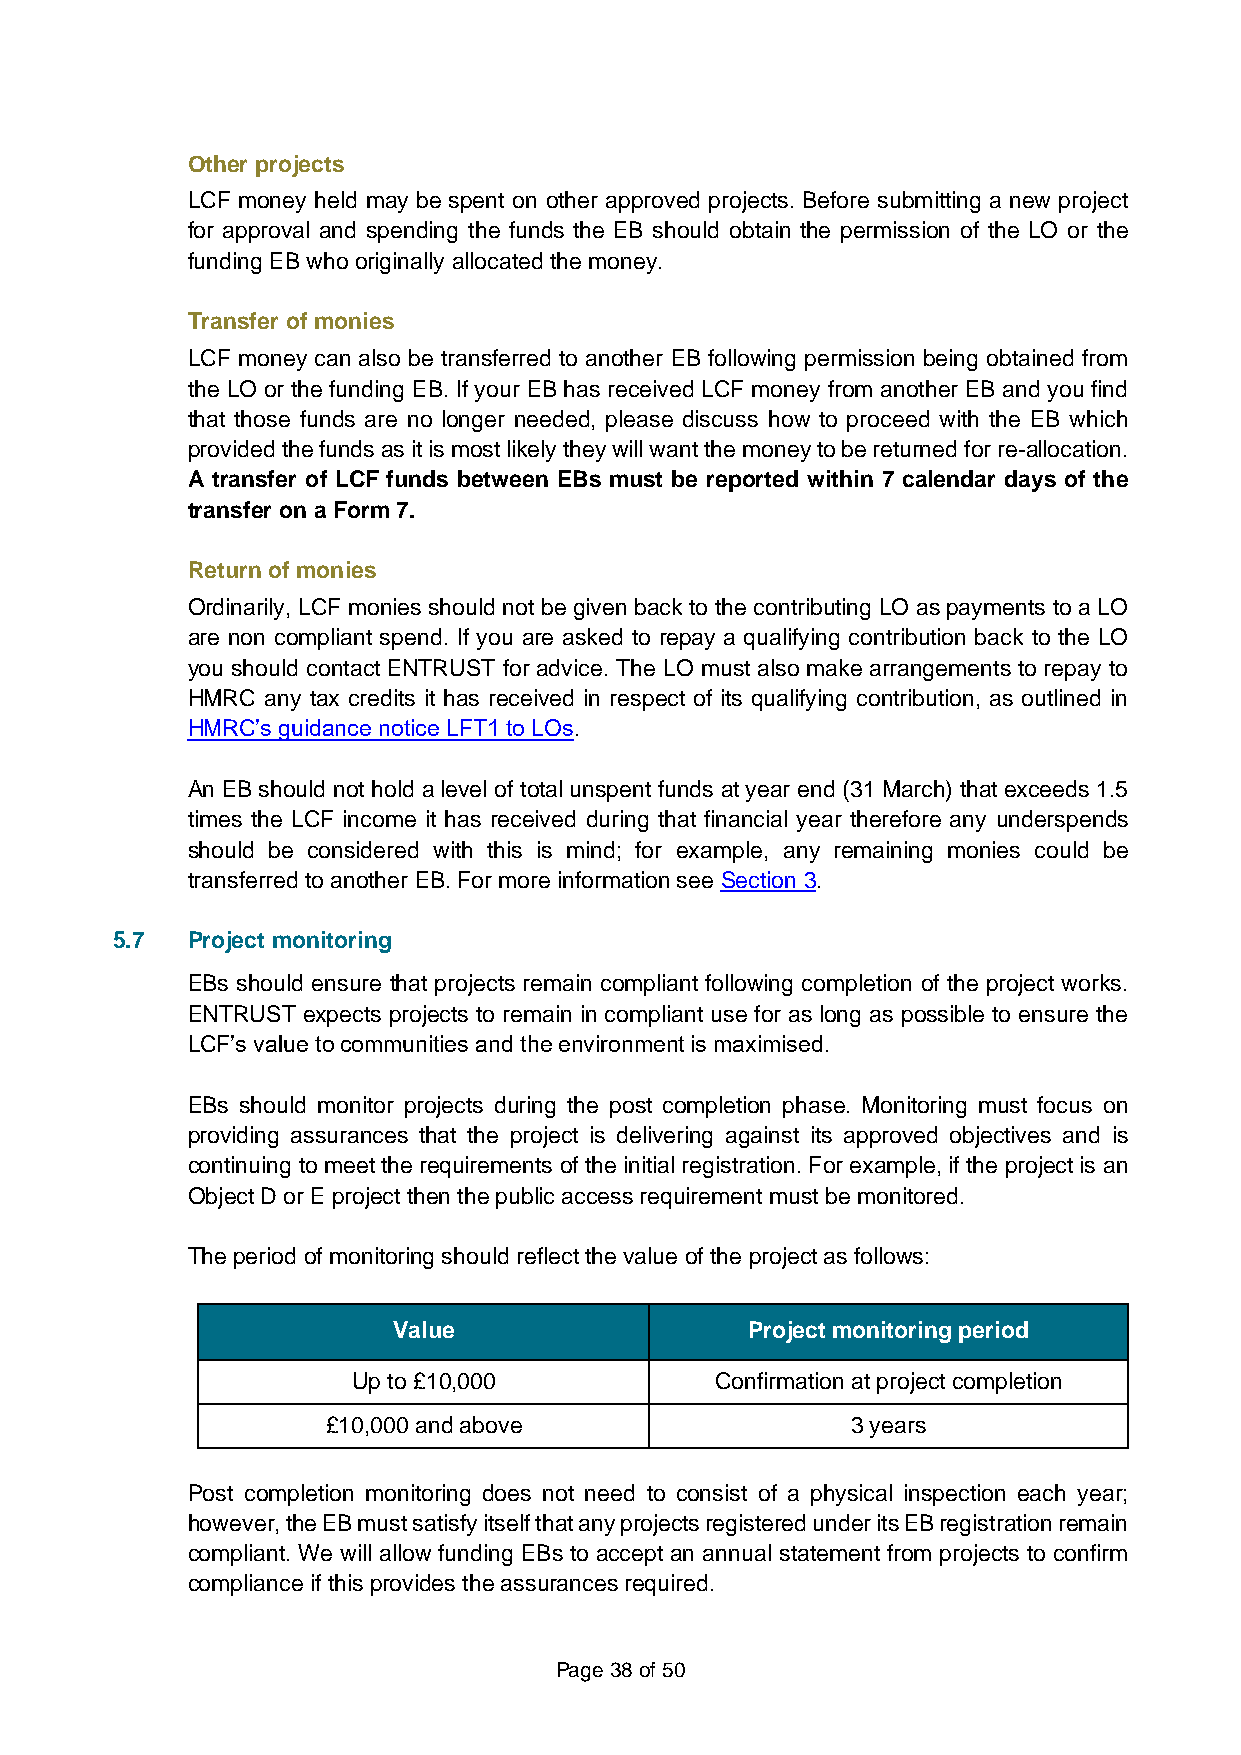
Other projects
 LCF money held may be spent on other approved projects. Before submitting a new project
 for approval and spending the funds the EB should obtain the permission of the LO or the
 funding EB who originally allocated the money.
 Transfer of monies
 LCF money can also be transferred to another EB following permission being obtained from
 the LO or the funding EB. If your EB has received LCF money from another EB and you find
 that those funds are no longer needed, please discuss how to proceed with the EB which
 provided the funds as it is most likely they will want the money to be returned for re-allocation.
 A transfer of LCF funds between EBs must be reported within 7 calendar days of the
 transfer on a Form 7.
 Return of monies
 Ordinarily, LCF monies should not be given back to the contributing LO as payments to a LO
 are non compliant spend. If you are asked to repay a qualifying contribution back to the LO
 you should contact ENTRUST for advice. The LO must also make arrangements to repay to
 HMRC  any tax credits it has received in respect of its qualifying contribution, as outlined in
 HMRC’s guidance notice LFT1 to LOs.
 An EB should not hold a level of total unspent funds at year end (31 March) that exceeds 1.5
 times the LCF income it has received during that financial year therefore any underspends
 should be considered with this is mind; for example, any remaining monies could be
 transferred to another EB. For more information see Section 3.
 5.7  Project monitoring
 EBs should ensure that projects remain compliant following completion of the project works.
 ENTRUST expects projects to remain in compliant use for as long as possible to ensure the
 LCF’s value to communities and the environment is maximised.
 EBs should monitor projects during the post completion phase. Monitoring must focus on
 providing assurances that the project is delivering against its approved objectives and is
 continuing to meet the requirements of the initial registration. For example, if the project is an
 Object D or E project then the public access requirement must be monitored.
 The period of monitoring should reflect the value of the project as follows:
 Value                   Project monitoring period
 Up to £10,000           Confirmation at project completion
 £10,000 and above                 3 years
 Post completion monitoring does not need to consist of a physical inspection each year;
 however, the EB must satisfy itself that any projects registered under its EB registration remain
 compliant. We will allow funding EBs to accept an annual statement from projects to confirm
 compliance if this provides the assurances required.
 Page 38 of 50